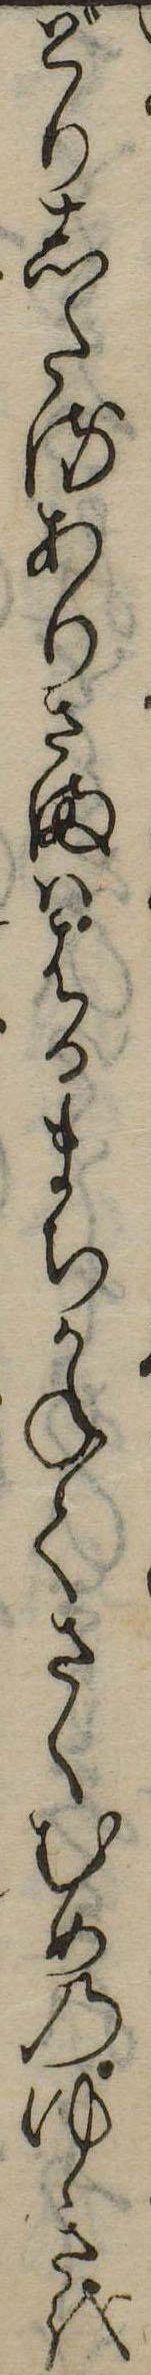
どりしたるありさまははるまちかねてさくむめのゆきを